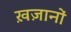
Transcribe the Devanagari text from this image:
ख़ज़ानों